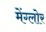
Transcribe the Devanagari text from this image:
मेंग्लोर